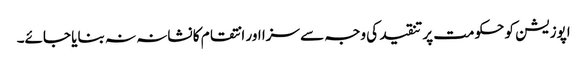
اپوزیشن کو حکومت پر تنقید کی وجہ سے سزا اور انتقام کا نشانہ نہ بنایا جائے۔